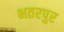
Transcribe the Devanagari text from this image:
भतरपुर